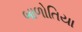
બાળોતિયા